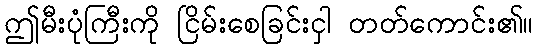
ဤမီးပုံကြီးကို ငြိမ်းစေခြင်းငှါ တတ်ကောင်း၏။